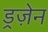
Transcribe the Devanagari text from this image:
ड्रज़ेन